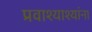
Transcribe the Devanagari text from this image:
प्रवाश्याश्यांना